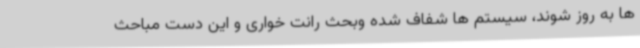
ها به روز شوند، سیستم ها شفاف شده وبحث رانت خواری و این دست مباحث